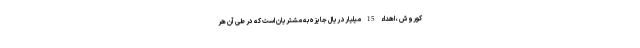
کوروش ، اهداء 15 میلیارد ریال جایزه به مشتریان است که در طی آن هر